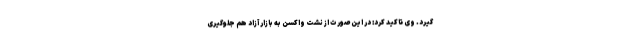
گیرد. وی تاکید کرد: در این صورت از نشت واکسن به بازار آزاد هم جلوگیری